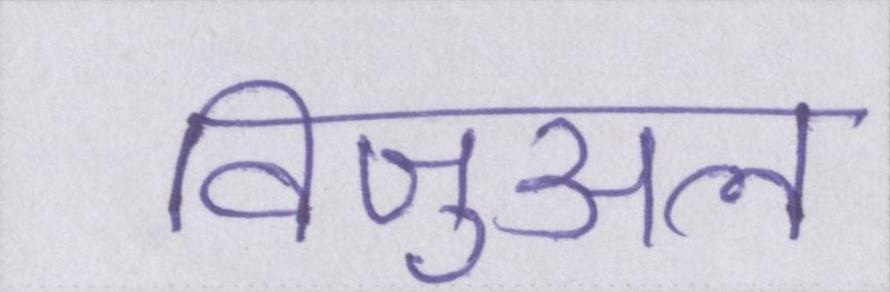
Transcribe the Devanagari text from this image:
विजुअल